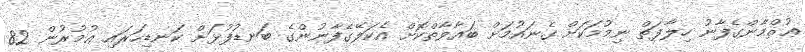
ޢުޘްމާންގެފާނު ހިލާފަތް ނިމުމަކަށް ގެނައުމަށް ބަޣާވާތްކޮށް އެކަލޭގެފާނުންގެ ބަނޑުފުޅަށް ކަނޑިހަރައި ޢުމުރުން 82